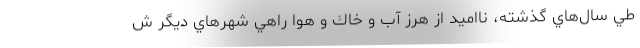
طي سال‌هاي گذشته، نااميد از هرز آب و خاك و هوا راهي شهرهاي ديگر ش